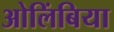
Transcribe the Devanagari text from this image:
ओलिंबिया